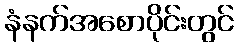
နံနက်အစောပိုင်းတွင်